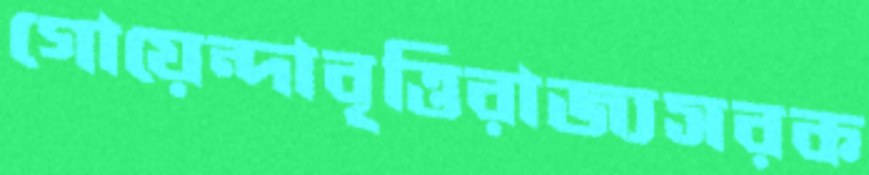
গোয়েন্দাবৃত্তিরাজ্যসরক